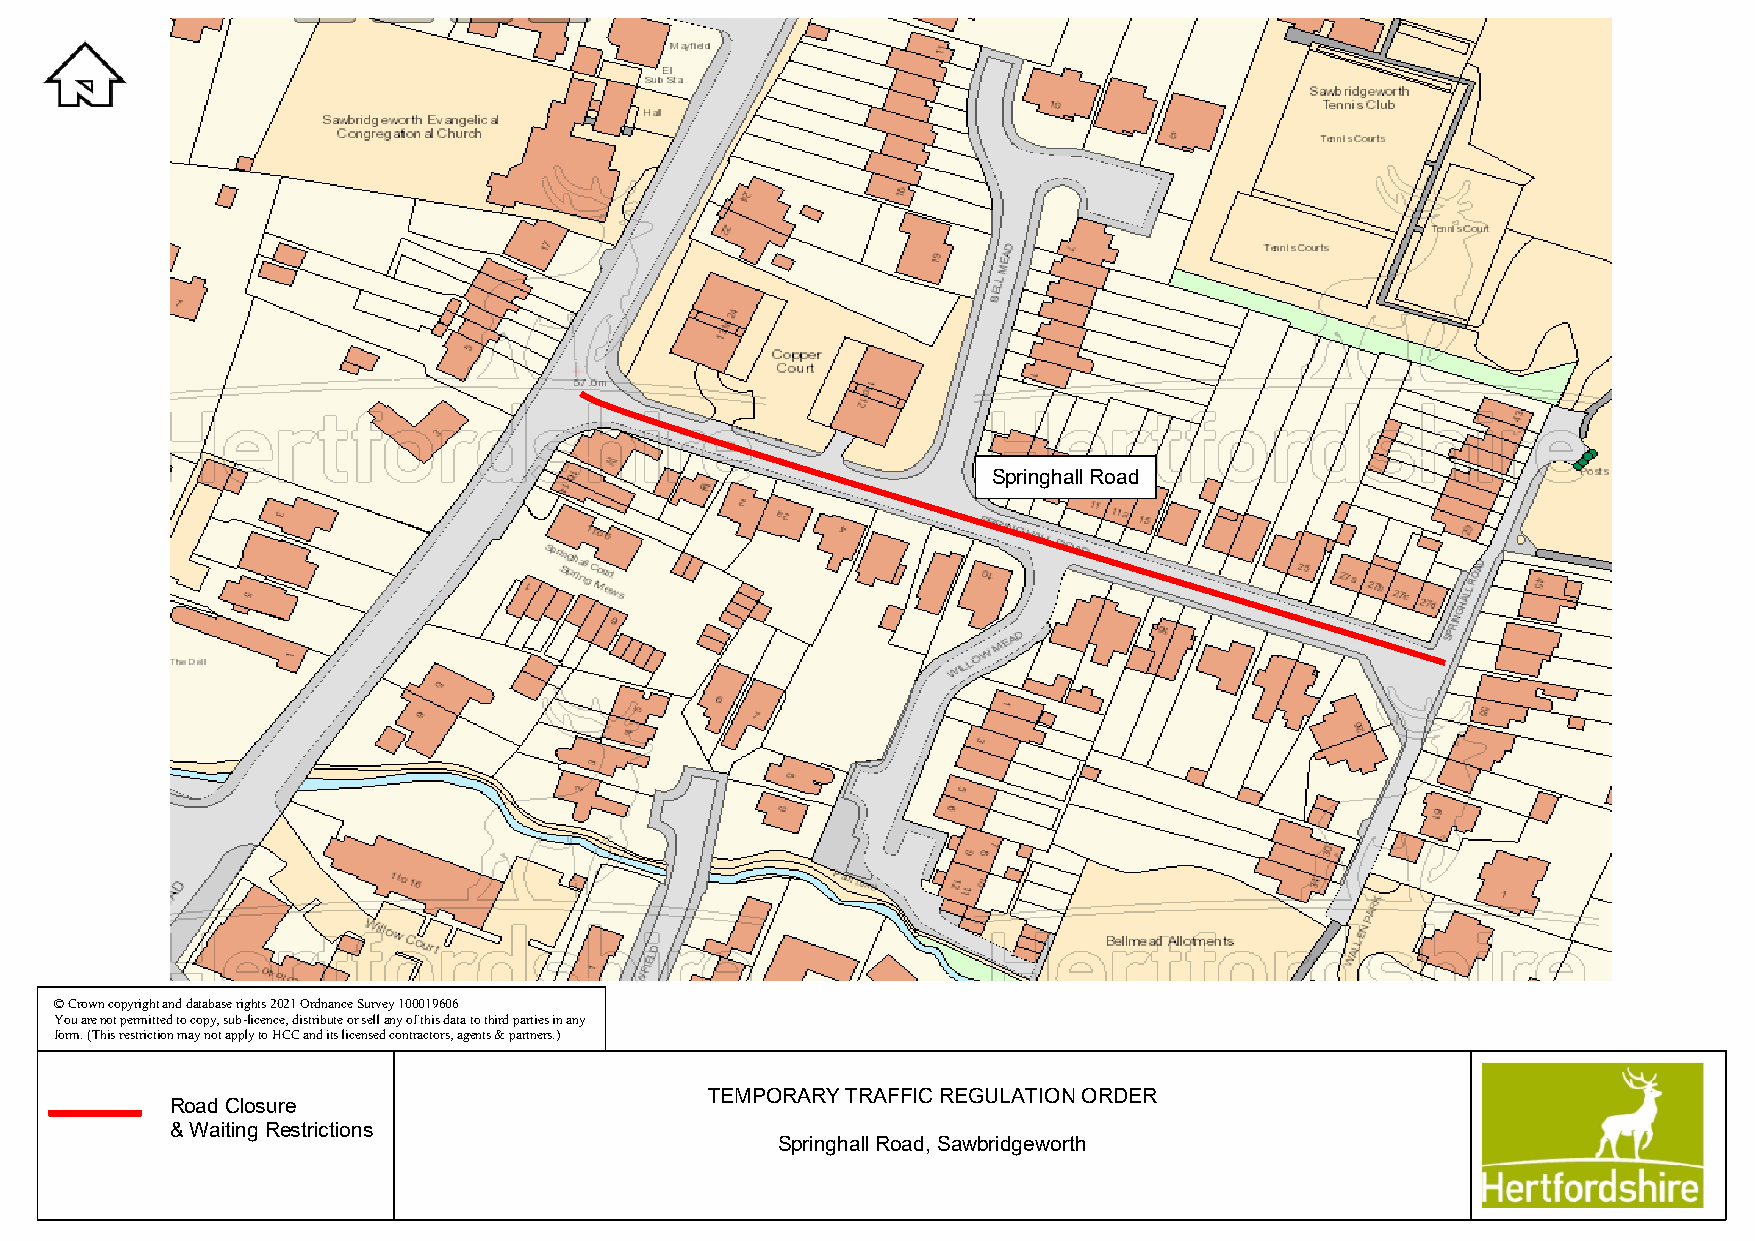
Springhall Road
 © Crown copyright and database rights 2021 Ordnance Survey 100019606
 You are not permitted to copy, sub-licence, distribute or sell any of this data to third parties in any
 form. (This restriction may not apply to HCC and its licensed contractors, agents & partners.)
 TEMPORARY TRAFFIC REGULATION ORDER
 Road Closure
 & Waiting Restrictions
 Springhall Road, Sawbridgeworth